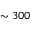
\sim 3 0 0